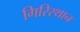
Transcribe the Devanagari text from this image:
गिरिस्थान